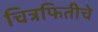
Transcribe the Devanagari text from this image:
चित्रफितीचे